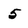
Character: 5